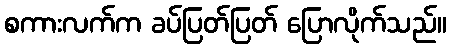
စကားလက်က ခပ်ပြတ်ပြတ် ပြောလိုက်သည်။